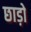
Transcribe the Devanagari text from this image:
छाड़ो